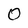
Character: 0